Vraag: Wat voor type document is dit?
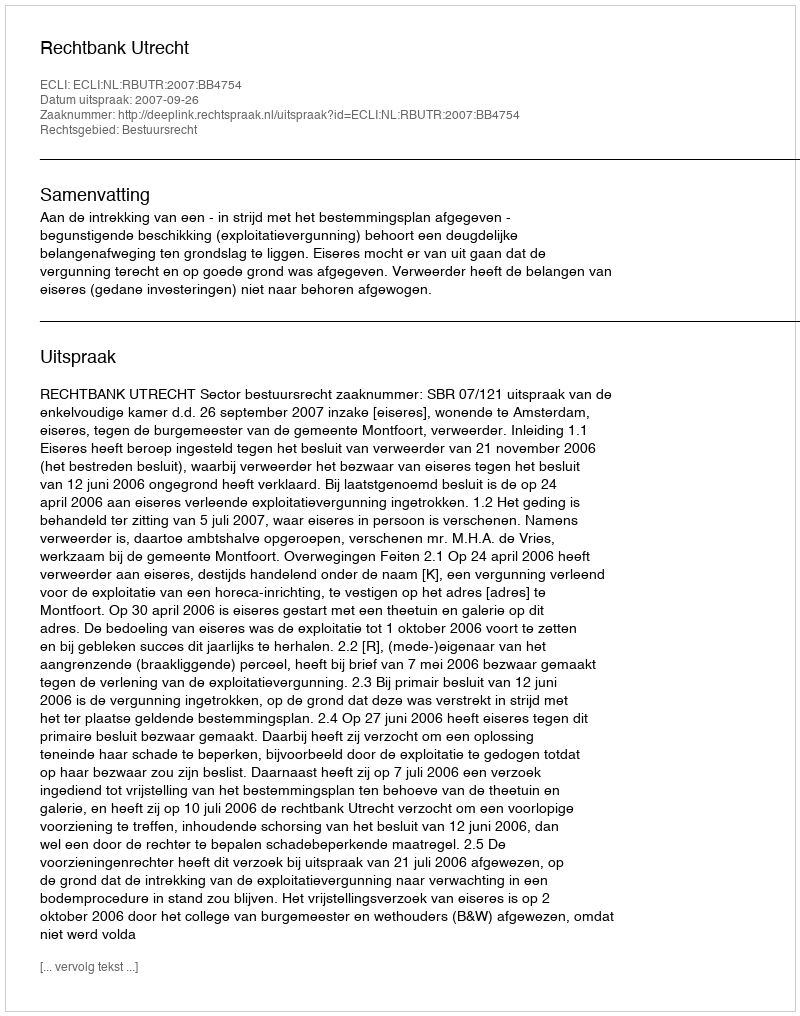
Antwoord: Uitspraak